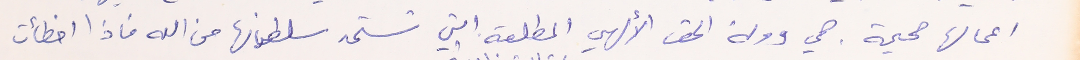
اعمالها صحيحة. هي دولة الحق الألهي المطلقه التي تستمد سلطانها من الله فاذا اخطأت